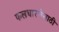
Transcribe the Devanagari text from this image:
फलधारणेसाठी